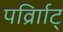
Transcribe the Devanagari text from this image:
पर्व्राािट्